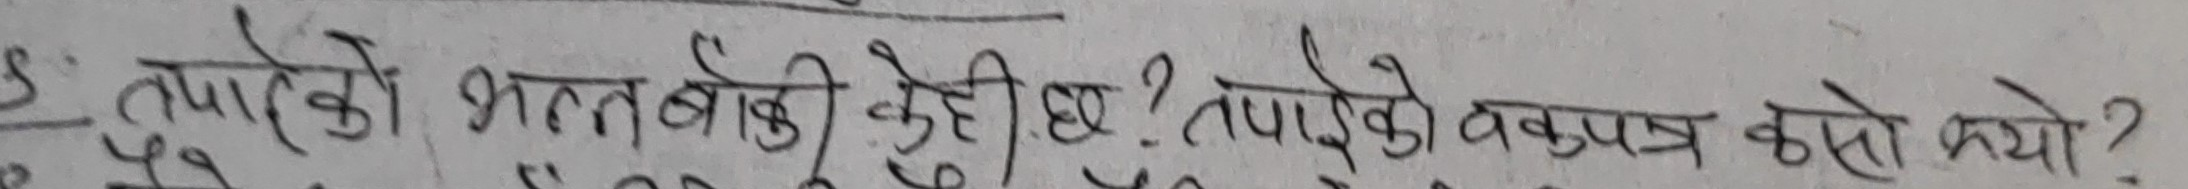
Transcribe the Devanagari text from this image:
तपाईको भत्तबारे केही छ? तपाईको बकुपत्र कस्तो भयो?